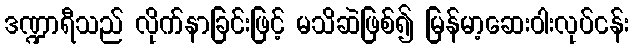
ဒဏ္ဍာရီသည် လိုက်နာခြင်းဖြင့် မသိဆဲဖြစ်၍ မြန်မာ့ဆေးဝါးလုပ်ငန်း